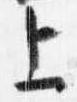
上